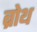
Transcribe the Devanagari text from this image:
ब्रोथ